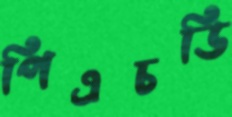
পিএচডি